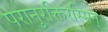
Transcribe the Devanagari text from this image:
परानुरक्तिरस्मिन्‌